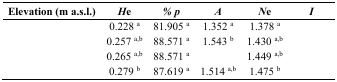
<table><thead><tr><td><b>Elevation (m a.s.l.)</b></td><td><b><i>H</i>e</b></td><td><b><i>% p</i></b></td><td><b><i>A</i></b></td><td><b><i>N</i>e</b></td><td><b><i>I</i></b></td></tr></thead><tbody><tr><td>[EMPTY_CELL]</td><td>0.228 <sup>a</sup></td><td>81.905 <sup>a</sup></td><td>1.352 <sup>a</sup></td><td>1.378 <sup>a</sup></td><td>[EMPTY_CELL]</td></tr><tr><td>[EMPTY_CELL]</td><td>0.257 <sup>a,b</sup></td><td>88.571 <sup>a</sup></td><td>1.543 <sup>b</sup></td><td>1.430 <sup>a,b</sup></td><td>[EMPTY_CELL]</td></tr><tr><td>[EMPTY_CELL]</td><td>0.265 <sup>a,b</sup></td><td>88.571 <sup>a</sup></td><td>[EMPTY_CELL]</td><td>1.449 <sup>a,b</sup></td><td>[EMPTY_CELL]</td></tr><tr><td>[EMPTY_CELL]</td><td>0.279 <sup>b</sup></td><td>87.619 <sup>a</sup></td><td>1.514 <sup>a,b</sup></td><td>1.475 <sup>b</sup></td><td>[EMPTY_CELL]</td></tr></tbody></table>